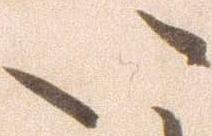
い